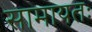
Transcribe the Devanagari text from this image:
सामायतः